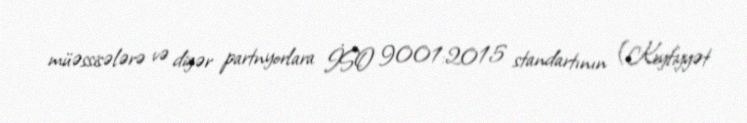
müəssisələrə və digər partnyorlara İSO 9001:2015 standartının (Keyfiyyət